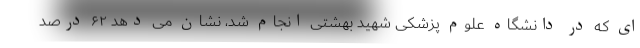
ای که در دانشگاه علوم پزشکی شهید بهشتی انجام شد، نشان می دهد ۶۲ درصد